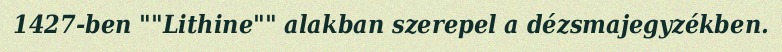
1427-ben ""Lithine"" alakban szerepel a dézsmajegyzékben.